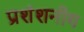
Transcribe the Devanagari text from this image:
प्रशंशनीय